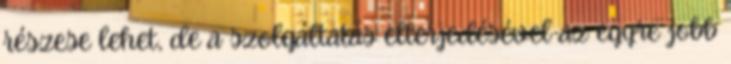
részese lehet, de a szolgáltatás elterjedésével az egyre jobb